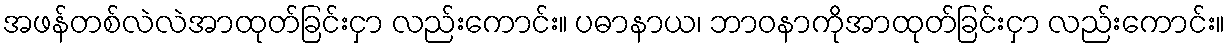
အဖန်တစ်လဲလဲအာထုတ်ခြင်းငှာ လည်းကောင်း။ ပဓာနာယ၊ ဘာဝနာကိုအာထုတ်ခြင်းငှာ လည်းကောင်း။